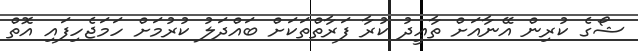
ޝޯގެ ކުރިން އޭނާއަށް ތާޢީދު ކުރާ ފަރާތްތަކަށް ބައްދަލު ކުރުމަށް ހަމަޖެހިފައި އޮތް